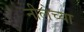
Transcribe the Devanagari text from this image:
नीलेच्या